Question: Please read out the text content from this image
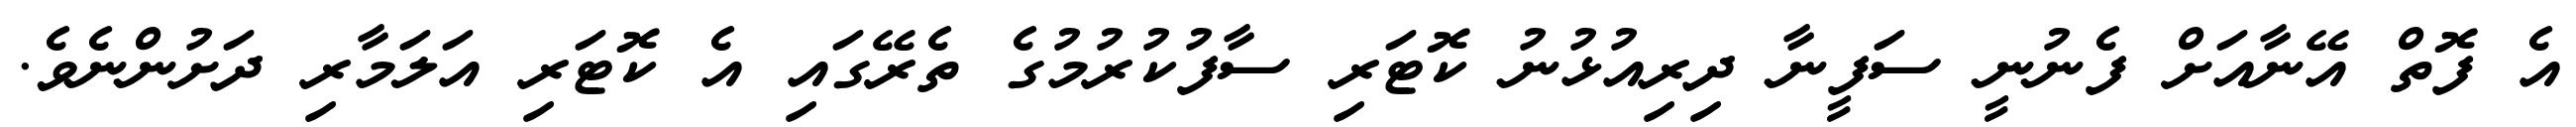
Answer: އެ ފޮތް އޭނާއަށް ފެނުނީ ސަފީނާ ދިރިއުޅުނު ކޮޓަރި ސާފުކުރުމުގެ ތެރޭގައި އެ ކޮޓަރި އަލަމާރި ދަށުންނެވެ.